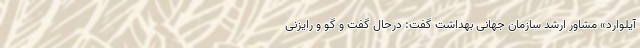
آیلوارد» مشاور ارشد سازمان جهانی بهداشت گفت: درحال گفت و گو و رایزنی